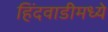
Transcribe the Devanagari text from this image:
हिंदवाडीमध्ये